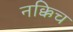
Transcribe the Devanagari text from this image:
नक्किच